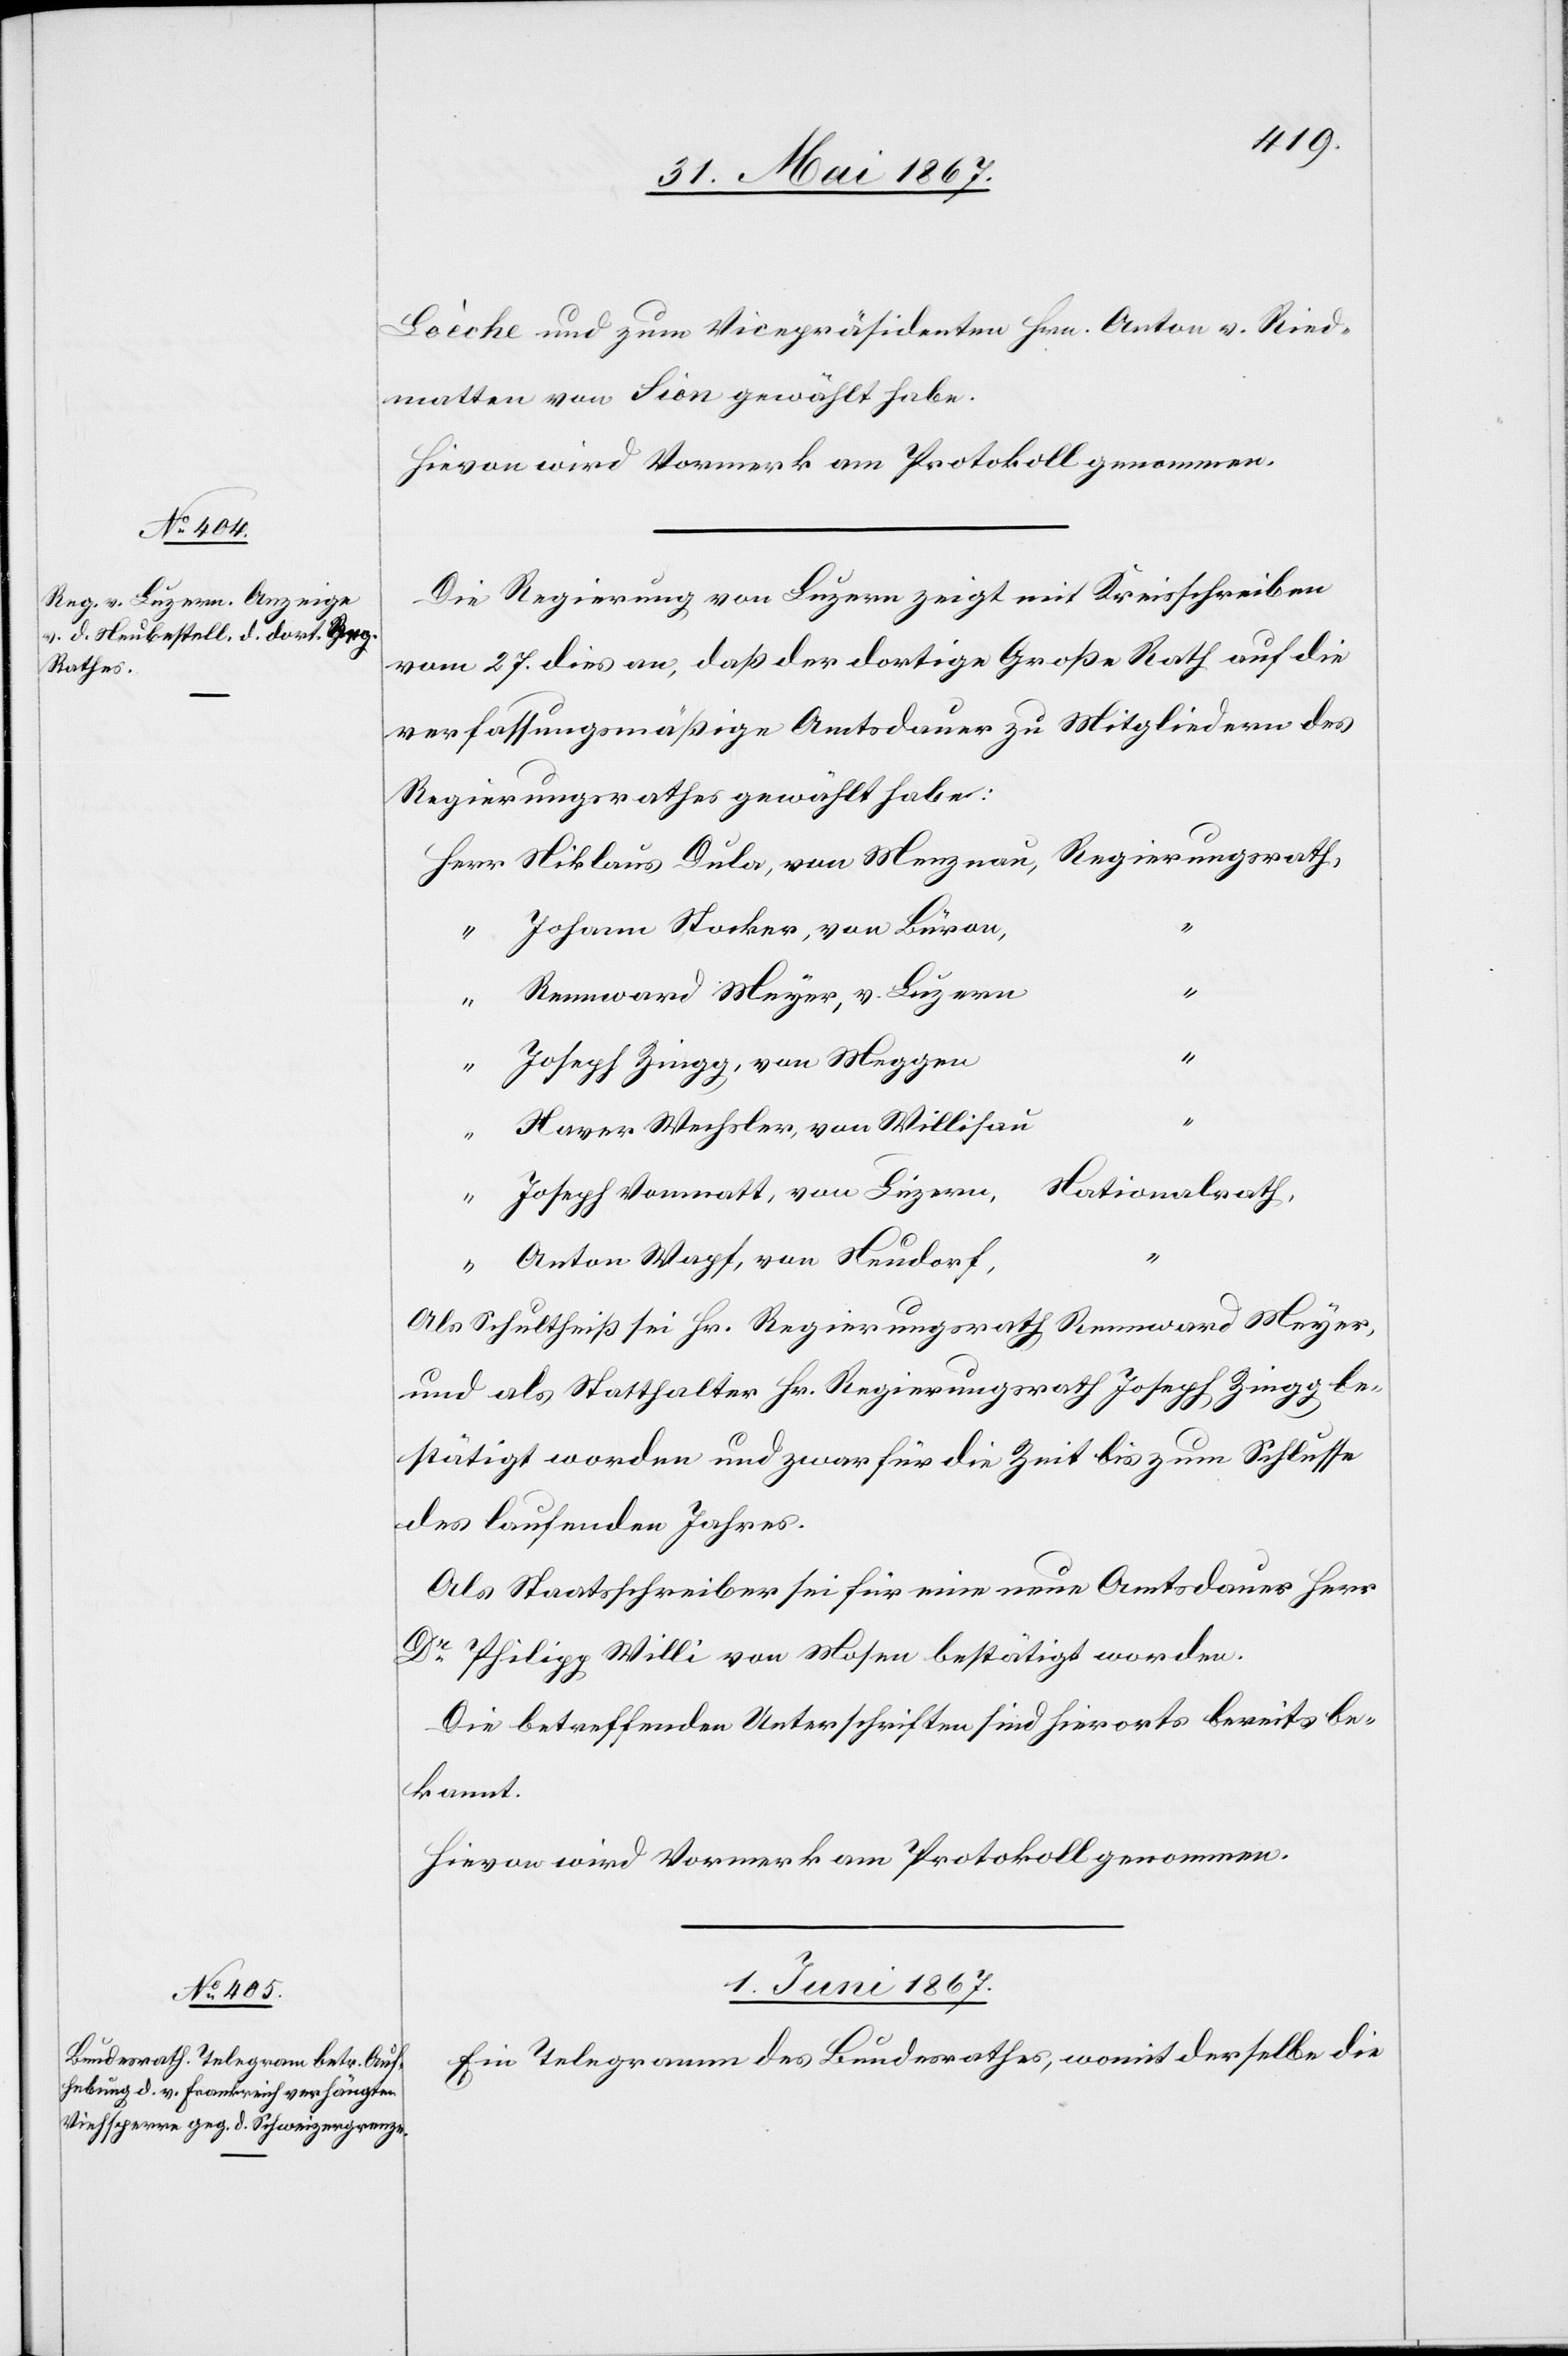
31. Mai 1867.]
Loèche und zum Vicepräsidenten Hrn. Anton v. Ried¬
matten von Sion gewählt habe.
Die Regierung von Luzern zeigt mit Kreisschreiben
vom 27. dies an, daß der dortige Große Rath auf die
verfassungsmäßige Amtsdauer zu Mitgliedern des
Regierungsrathes gewählt habe:
Johann Stocker, von Büron,
“
Bannward Meyer, v. Luzern
“
Joseph Zingg, von Meggen
“
Xaver Wechsler, von Willisau
“
Nationalrath
Joseph Vonmatt, von Luzern,
Anton Wapf, von Neudorf,
Als Schultheiß sei Hr. Regierungsrath Rennward und Meyer ,
und als Statthalter Hr. Regierungsrath Joseph Zingg be¬
stätigt worden und zwar für die Zeit bis zum Schlusse
des laufenden Jahres.
Als Staatsschreiber sei für eine neue Amtsdauer Herr
Dr. Philipp Willi von Wasen bestätigt worden.
Die betreffenden Unterschriften sind hierorts bereits be¬
kannt.
Hievon wird Vormerk am Protokoll genommen.
1. Juni 1867.
Ein Telegramm des Bundesrathes, womit derselbe die